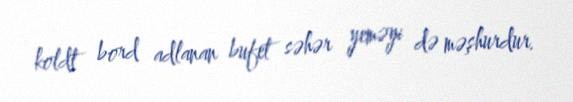
koldt bord adlanan bufet səhər yeməyi də məşhurdur.